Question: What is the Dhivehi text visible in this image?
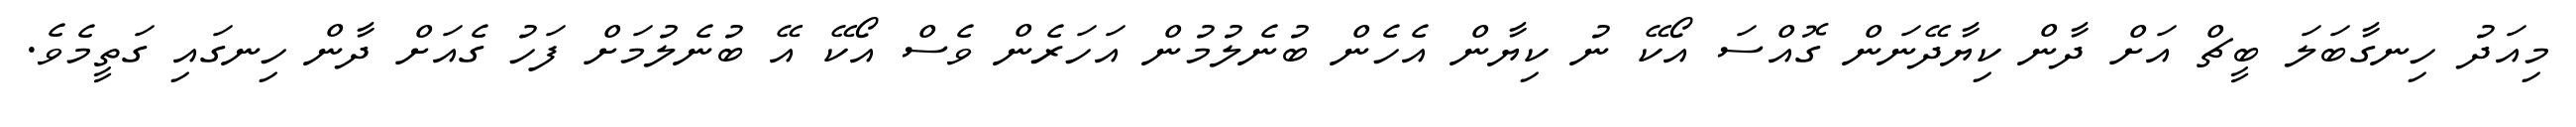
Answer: މިއަދު ހިނގާބަލަ ބީޗް އަށް ދާން ކިޔާދޭނަން ގޮއްސަ އޯކޭ ނު ކިޔާން އެހެން ބުނެލުމުން އަހަރެން ވެސް އޯކޭ އޭ ބުނެލުމަށް ފަހު ގެއަށް ދާން ހިނގައި ގަތީމެވެ.